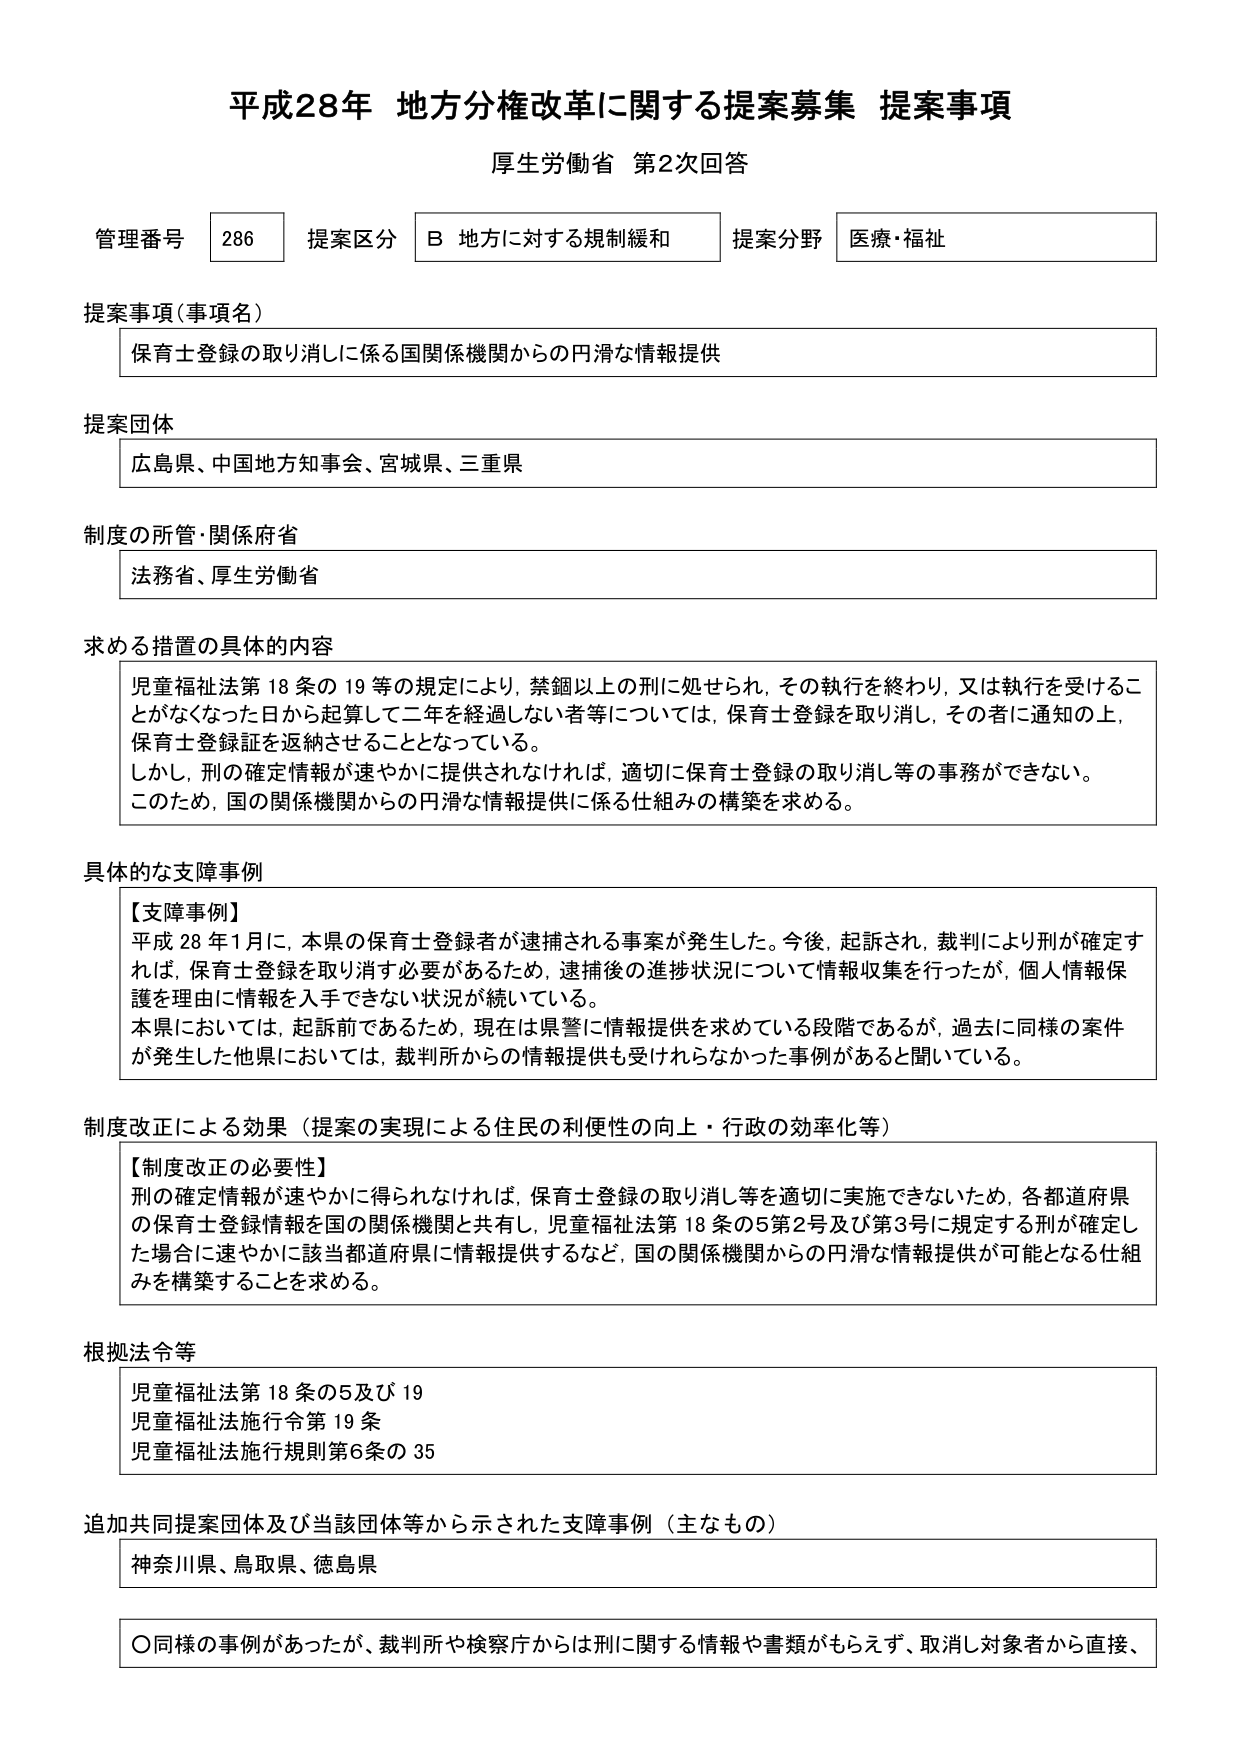
平成28年 地方分権改革に関する提案募集 提案事項
厚生労働省 第2次回答

管理番号 286 提案区分 B 地方に対する規制緩和 提案分野 医療・福祉

提案事項（事項名）
保育士登録の取り消しに係る国関係機関からの円滑な情報提供

提案団体
広島県、中国地方知事会、宮城県、三重県

制度の所管・関係府省
法務省、厚生労働省

求める措置の具体的内容
児童福祉法第18条の19等の規定により、禁錮以上の刑に処せられ、その執行を終わり、又は執行を受けることがなくなった日から起算して二年を経過しない者等については、保育士登録を取り消し、その者に通知の上、保育士登録証を返納させることとなっている。
しかし、刑の確定情報が速やかに提供されなければ、適切に保育士登録の取り消し等の事務ができない。
このため、国の関係機関からの円滑な情報提供に係る仕組みの構築を求める。

具体的な支障事例
【支障事例】
平成28年1月に、本県の保育士登録者が逮捕される事案が発生した。今後、起訴され、裁判により刑が確定すれば、保育士登録を取り消す必要があるため、逮捕後の進捗状況について情報収集を行ったが、個人情報保護を理由に情報を入手できない状況が続いている。
本県においては、起訴前であるため、現在は県警に情報提供を求めている段階であるが、過去に同様の案件が発生した他県においては、裁判所からの情報提供も受けられなかった事例があると聞いている。

制度改正による効果（提案の実現による住民の利便性の向上・行政の効率化等）
【制度改正の必要性】
刑の確定情報が速やかに得られなければ、保育士登録の取り消し等を適切に実施できないため、各都道府県の保育士登録情報を国の関係機関と共有し、児童福祉法第18条の5第2号及び第3号に規定する刑が確定した場合に速やかに該当都道府県に情報提供するなど、国の関係機関からの円滑な情報提供が可能となる仕組みを構築することを求める。

根拠法令等
児童福祉法第18条の5及び19
児童福祉法施行令第19条
児童福祉法施行規則第6条の35

追加共同提案団体及び当該団体等から示された支障事例（主なもの）
神奈川県、鳥取県、徳島県

〇同様の事例があったが、裁判所や検察庁からは刑に関する情報や書類がもらえず、取消し対象者から直接、